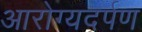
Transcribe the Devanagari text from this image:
आरोग्यदर्पण